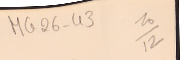
MG26-43  10/12